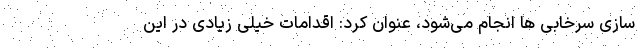
سازی سرخابی ها انجام می‌شود، عنوان کرد: اقدامات خیلی زیادی در این